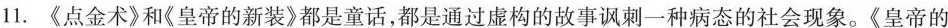
11.《点金术》和《皇帝的新装》都是童话，都是通过虚构的故事讽刺一种病态的社会现象。《皇帝的